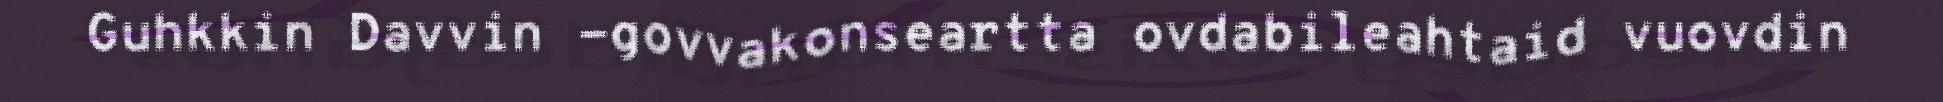
Guhkkin Davvin -govvakonseartta ovdabileahtaid vuovdin